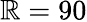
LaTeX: \mathbb{R}=90